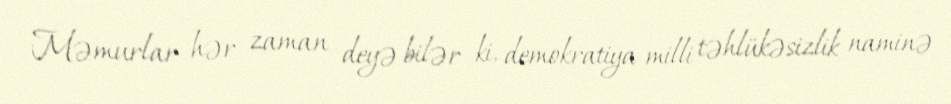
Məmurlar hər zaman deyə bilər ki, demokratiya milli təhlükəsizlik naminə